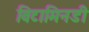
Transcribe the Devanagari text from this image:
विटामिनडी